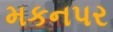
મકનપર